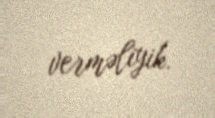
verməliyik.